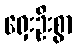
ရှေးဦးစွာ